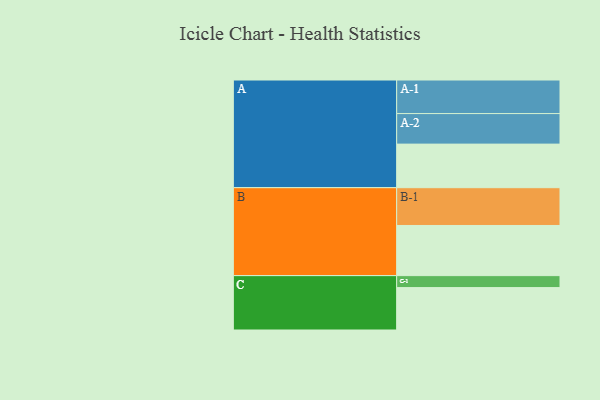
{"axis": {"x": "Segment", "y": "Value"}, "legend": ["", "A", "B", "C"], "data": [{"x": "A", "y": 331, "type": ""}, {"x": "B", "y": 381, "type": ""}, {"x": "C", "y": 322, "type": ""}, {"x": "A-1", "y": 255, "type": "A"}, {"x": "A-2", "y": 232, "type": "A"}, {"x": "B-1", "y": 287, "type": "B"}, {"x": "C-1", "y": 91, "type": "C"}]}